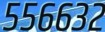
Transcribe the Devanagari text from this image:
५५६६३२